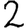
Digit: 2